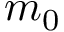
m _ { 0 }